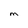
Character: M